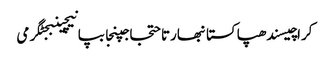
کراچیسندھپاکستانبھارتاحتجاجپنجابپانیچینبجٹگرمی